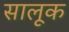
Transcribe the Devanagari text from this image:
सालूक